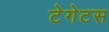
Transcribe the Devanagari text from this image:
टेगेटस